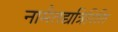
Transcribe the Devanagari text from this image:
नामैतद्यत्रिरिति